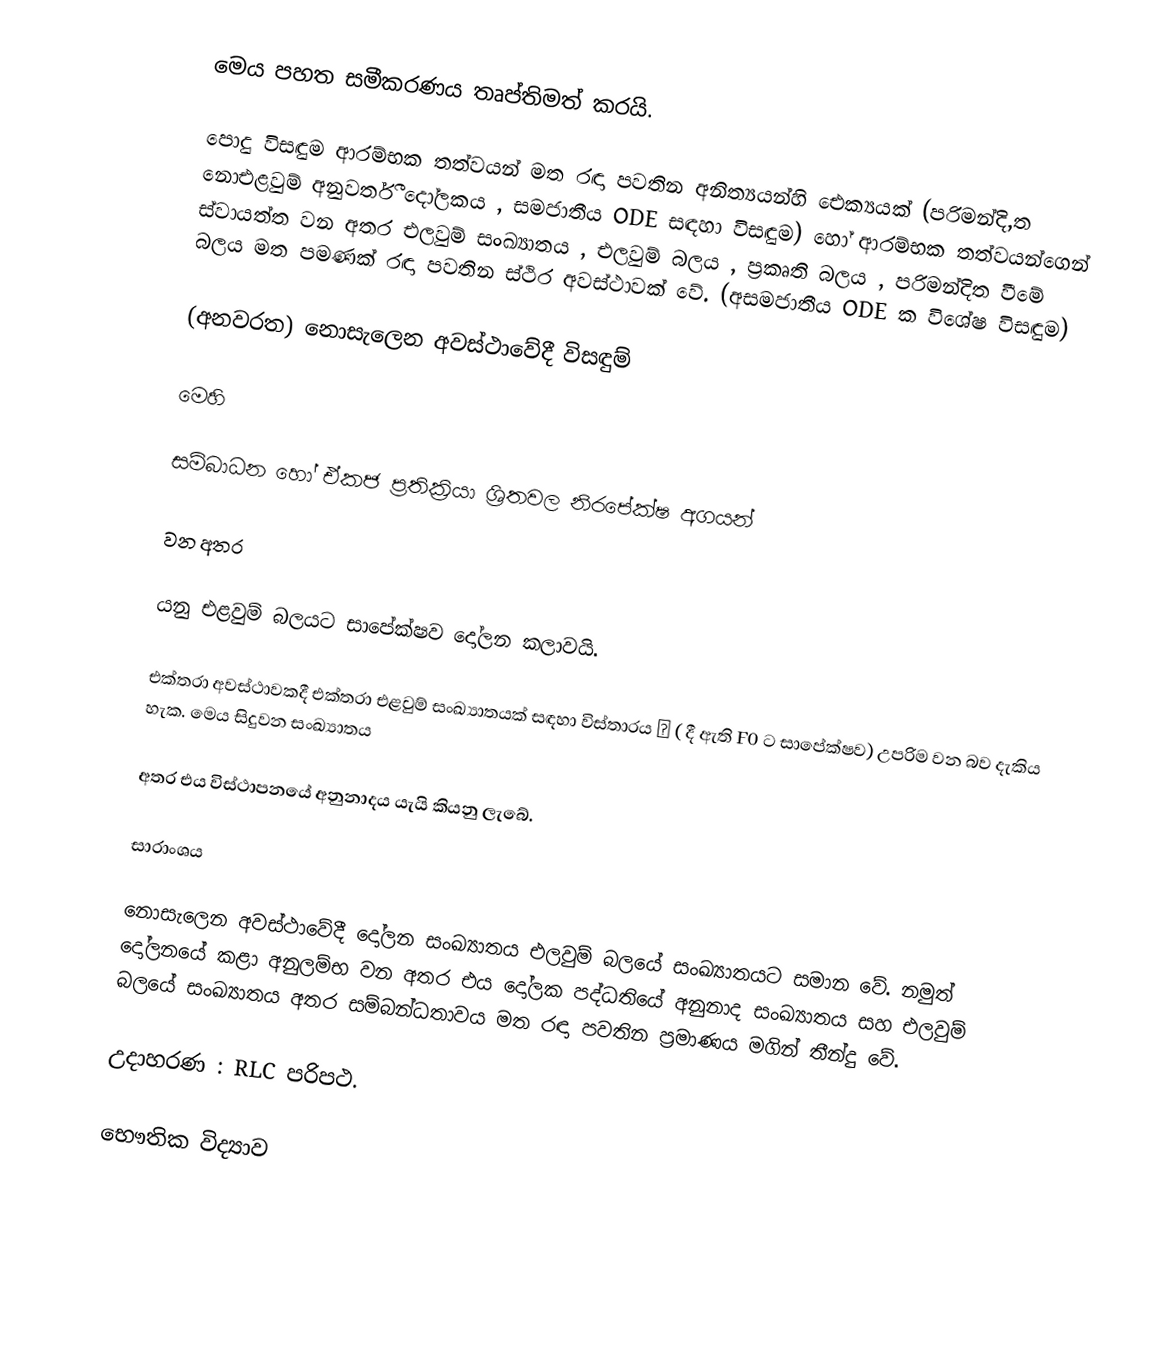
මෙය පහත සමීකරණය තෘප්තිමත් කරයි.

පොදු විසඳුම ආරම්භක තත්වයන් මත රඳා පවතින අනිත්‍යයන්හි ඓක්‍යයක් (පරිමන්දි,ත නොඑළවුම් අනුවර්තී දෝලකය , සමජාතීය ODE  සඳහා විසඳුම) හෝ ආරම්භක තත්වයන්ගෙන් ස්වායත්ත වන අතර එලවුම් සංඛ්‍යාතය , එලවුම් බලය , ප්‍රකෘති බලය , පරිමන්දිත ‍වීමේ බලය මත පමණක් රඳා පවතින ස්ථිර අවස්ථාවක් වේ. (අසමජාතීය ODE  ක විශේෂ විසඳුම)

(අනවරත) නොසැලෙන අවස්ථාවේදී විසඳුම්

මෙහි

සම්බාධන හෝ ඒකජ ප්‍රතික්‍රියා ශ්‍රිතවල නිරපේක්ෂ අගයන්

වන අතර

යනු එළවුම් බලයට සාපේක්ෂව දෝලන කලාවයි.

එක්තරා අවස්ථාවකදී එක්තරා එළවුම් සංඛ්‍යාතයක් සඳහා විස්තාරය ω ( දී ඇති F0  ට සාපේක්ෂව) උපරිම වන බව දැකිය හැක. මෙය සිදුවන සංඛ්‍යාතය

අතර එය විස්ථාපනයේ අනුනාදය යැයි කියනු ලැබේ.

සාරාංශය

නොසැලෙන අවස්ථාවේදී දෝලන සංඛ්‍යාතය එලවුම් බලයේ සංඛ්‍යාතයට සමාන වේ. නමුත් දෝලනයේ කළා අනුලම්භ වන අතර එය දෝලක පද්ධතියේ අනුනාද සංඛ්‍යාතය සහ එලවුම් බලයේ සංඛ්‍යාතය අතර සම්බන්ධතාවය මත රඳා පවතින ප්‍රමාණය ‍මගින් තීන්දු වේ.

උදාහරණ : RLC පරිපථ.

භෞතික විද්‍යාව